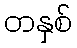
တနှစ်